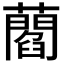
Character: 𧂄